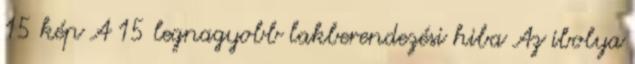
15 kép A 15 legnagyobb lakberendezési hiba Az ibolya